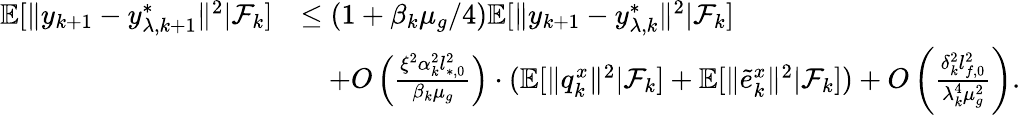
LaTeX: \begin{array}{rl}{\mathbb{E}[\| y_{k+1}-y_{\lambda,k+1}^{*}\| ^{2}|\mathcal{F}_{k}]}&{\le(1+\beta_{k}\mu_{g}/4)\mathbb{E}[\| y_{k+1}-y_{\lambda,k}^{*}\| ^{2}|\mathcal{F}_{k}]}\\ &{\quad+O\left(\frac{\xi^{2}\alpha_{k}^{2}l_{*,0}^{2}}{\beta_{k}\mu_{g}}\right)\cdot(\mathbb{E}[\| q_{k}^{x}\| ^{2}|\mathcal{F}_{k}]+\mathbb{E}[\| \tilde{e}_{k}^{x}\| ^{2}|\mathcal{F}_{k}])+O\left(\frac{\delta_{k}^{2}l_{f,0}^{2}}{\lambda_{k}^{4}\mu_{g}^{2}}\right).}\end{array}